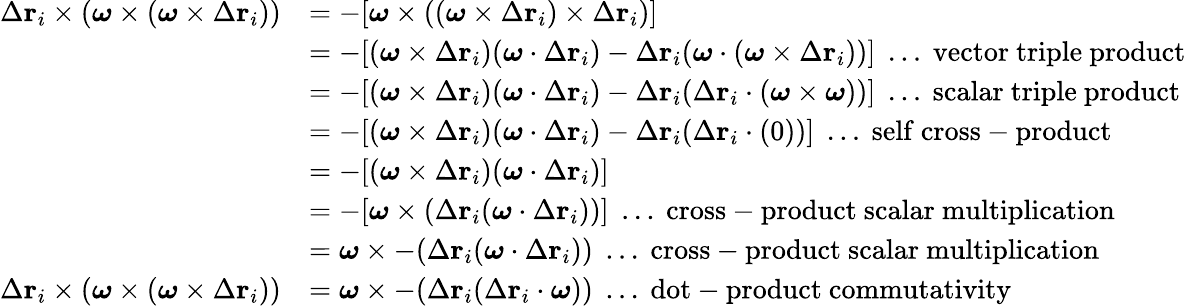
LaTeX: {\begin{array}{rl}{\Delta\mathbf{r}_{i}\times({\boldsymbol{\omega}}\times({\boldsymbol{\omega}}\times\Delta\mathbf{r}_{i}))}&{=-[{\boldsymbol{\omega}}\times(({\boldsymbol{\omega}}\times\Delta\mathbf{r}_{i})\times\Delta\mathbf{r}_{i})]}\\ &{=-[({\boldsymbol{\omega}}\times\Delta\mathbf{r}_{i})({\boldsymbol{\omega}}\cdot\Delta\mathbf{r}_{i})-\Delta\mathbf{r}_{i}({\boldsymbol{\omega}}\cdot({\boldsymbol{\omega}}\times\Delta\mathbf{r}_{i}))]\; \ldots{\mathrm{~vector~triple~product}}}\\ &{=-[({\boldsymbol{\omega}}\times\Delta\mathbf{r}_{i})({\boldsymbol{\omega}}\cdot\Delta\mathbf{r}_{i})-\Delta\mathbf{r}_{i}(\Delta\mathbf{r}_{i}\cdot({\boldsymbol{\omega}}\times{\boldsymbol{\omega}}))]\; \ldots{\mathrm{~scalar~triple~product}}}\\ &{=-[({\boldsymbol{\omega}}\times\Delta\mathbf{r}_{i})({\boldsymbol{\omega}}\cdot\Delta\mathbf{r}_{i})-\Delta\mathbf{r}_{i}(\Delta\mathbf{r}_{i}\cdot(0))]\; \ldots{\mathrm{~self~cross-product}}}\\ &{=-[({\boldsymbol{\omega}}\times\Delta\mathbf{r}_{i})({\boldsymbol{\omega}}\cdot\Delta\mathbf{r}_{i})]}\\ &{=-[{\boldsymbol{\omega}}\times(\Delta\mathbf{r}_{i}({\boldsymbol{\omega}}\cdot\Delta\mathbf{r}_{i}))]\; \ldots{\mathrm{~cross-product~scalar~multiplication}}}\\ &{={\boldsymbol{\omega}}\times-(\Delta\mathbf{r}_{i}({\boldsymbol{\omega}}\cdot\Delta\mathbf{r}_{i}))\; \ldots{\mathrm{~cross-product~scalar~multiplication}}}\\ {\Delta\mathbf{r}_{i}\times({\boldsymbol{\omega}}\times({\boldsymbol{\omega}}\times\Delta\mathbf{r}_{i}))}&{={\boldsymbol{\omega}}\times-(\Delta\mathbf{r}_{i}(\Delta\mathbf{r}_{i}\cdot{\boldsymbol{\omega}}))\; \ldots{\mathrm{~dot-product~commutativity}}}\end{array}}